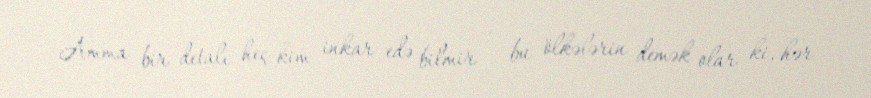
Amma bir detalı heç kim inkar edə bilmir - bu ölkələrin demək olar ki, hər